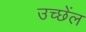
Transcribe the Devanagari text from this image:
उच्छेंल